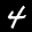
Label: 4